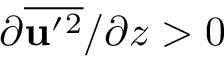
\partial \overline { { { \bf { u } } ^ { \prime } { } ^ { 2 } } } / \partial z > 0